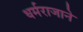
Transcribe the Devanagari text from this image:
धर्मराजाने